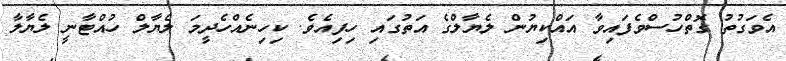
އެވަގުތު ގޮތްހުސްވެފައިވާ އައްކިޔުން ލެޔާލްގެ އަތުގައި ހިފިއެވެ. ކިހިނެއްހެދީމަ ލެޔާލް ހުއްޓާނީ ލެޔާލާ